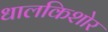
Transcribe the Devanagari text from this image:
धालकिशोर